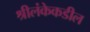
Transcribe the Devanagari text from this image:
श्रीलंकेकडील